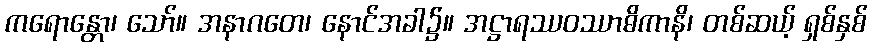
ကရောန္တော၊ သော်။ အနာဂတေ၊ နောင်အခါ၌။ အဋ္ဌာရဿဝဿာဓိကာနိ၊ တစ်ဆယ့် ရှစ်နှစ်